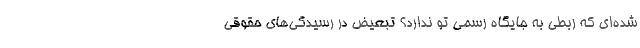
شده‌ای که ربطی به جایگاه رسمی تو ندارد؟ تبعیض در رسیدگی‌های حقوقی